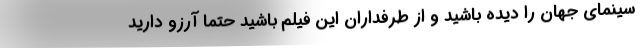
سینمای جهان را دیده باشید و از طرفداران این فیلم باشید حتما آرزو دارید